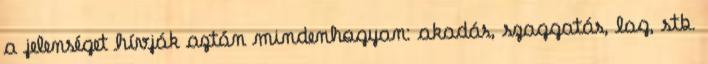
a jelenséget hívják aztán mindenhogyan: akadás, szaggatás, lag, stb.